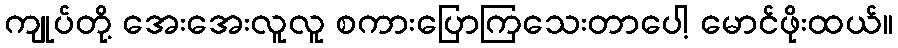
ကျုပ်တို့ အေးအေးလူလူ စကားပြောကြသေးတာပေါ့ မောင်ဖိုးထယ်။